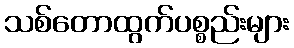
သစ်တောထွက်ပစ္စည်းများ